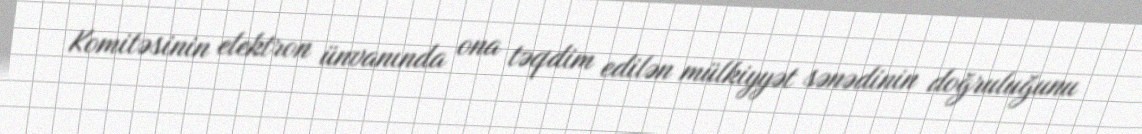
Komitəsinin elektron ünvanında ona təqdim edilən mülkiyyət sənədinin doğruluğunu